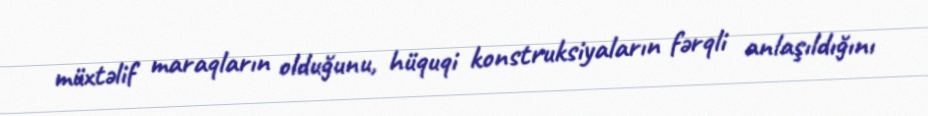
müxtəlif maraqların olduğunu, hüquqi konstruksiyaların fərqli anlaşıldığını